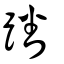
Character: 蹯